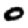
Digit: 0